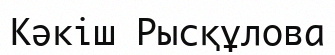
Кәкіш Рысқұлова